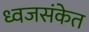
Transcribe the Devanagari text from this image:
ध्वजसंकेत